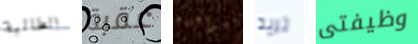
الطالبة عقبة مواجهته تريد وظيفتى